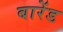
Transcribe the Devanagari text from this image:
बारेंड